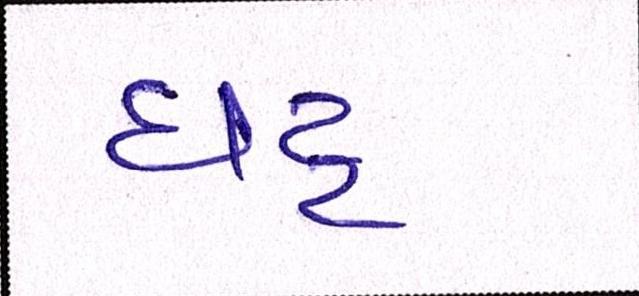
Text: ઘટ્ટ